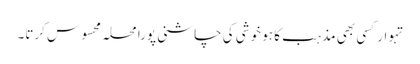
تہوار کسی بھی مذہب کا ہو خوشی کی چاشنی پورا محلہ محسوس کرتا۔